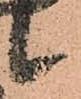
候